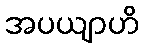
အပယျာဟိ